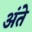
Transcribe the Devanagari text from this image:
अंते